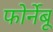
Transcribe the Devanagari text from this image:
फोर्नेबू